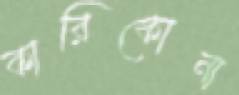
কারিকোনা